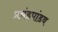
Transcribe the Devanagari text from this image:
प्रचंडपांडव